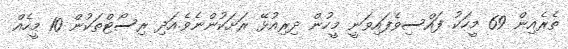
ތެރެއިން 69 މީހަކު ފައްސިވެފައިވަނީ މީހުން ދިރިއުޅޭ ރަށަކުންނެވެ.އަދި ރިސޯޓްތަކުން 10 މީހެއް